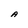
Character: A